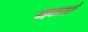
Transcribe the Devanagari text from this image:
अहवालाद्वारे